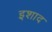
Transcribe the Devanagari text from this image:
इशाद